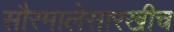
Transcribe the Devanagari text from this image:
सौरमालेसारखीच